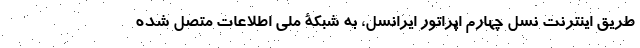
طریق اینترنت نسل چهارم اپراتور ایرانسل، به شبکۀ ملی اطلاعات متصل شده